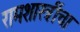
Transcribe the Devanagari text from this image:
रामशास्त्रींचा